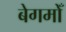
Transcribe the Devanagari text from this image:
बेगमोँ